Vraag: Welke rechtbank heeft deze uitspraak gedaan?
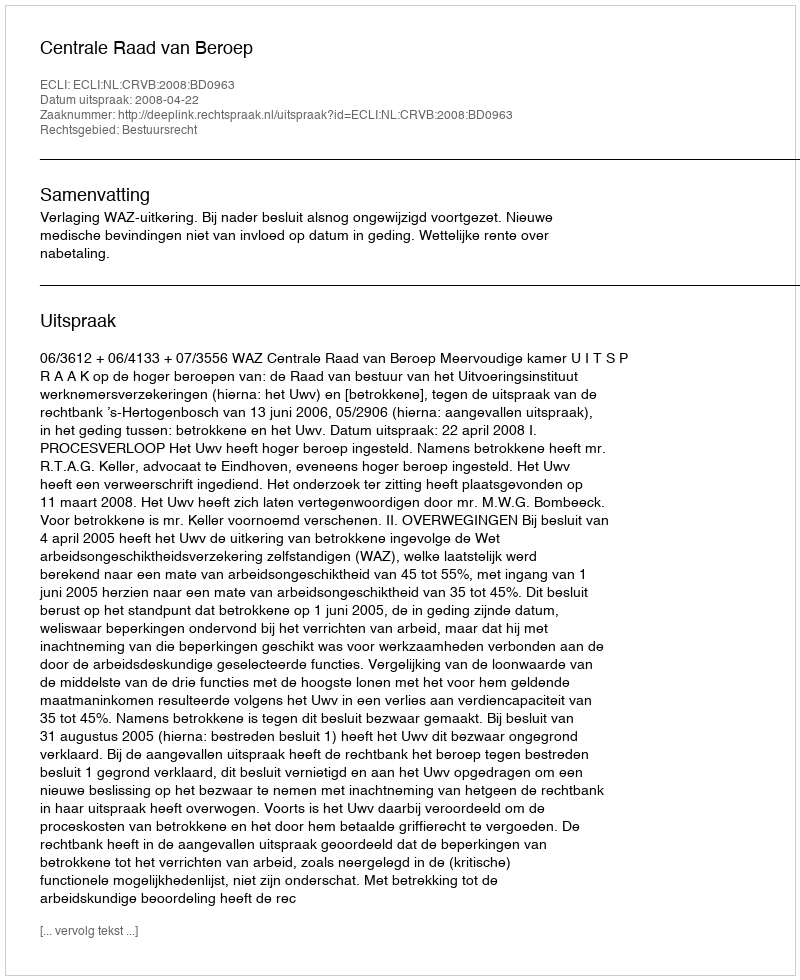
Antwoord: Centrale Raad van Beroep